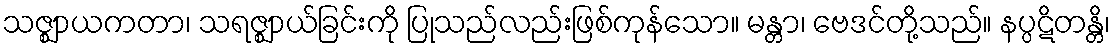
သဇ္ဈာယကတာ၊ သရဇ္ဈာယ်ခြင်းကို ပြုသည်လည်းဖြစ်ကုန်သော။ မန္တာ၊ ဗေဒင်တို့သည်။ နပ္ပဋိတန္တိ၊